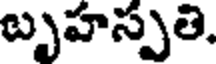
బృహస్పతి.